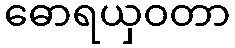
ဓောရယှဝတာ